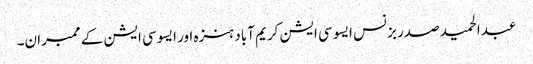
عبدالحمید صدر بزنس ایسوسی ایشن کریم آباد ہنزہ اور ایسوسی ایشن کے ممبران۔